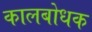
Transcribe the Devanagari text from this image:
कालबोधक